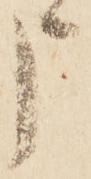
申